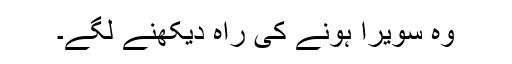
وہ سویرا ہونے کی راہ دیکھنے لگے۔